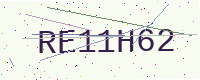
Text: RE11H62